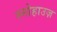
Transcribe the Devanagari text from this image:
स्नोहाउज़